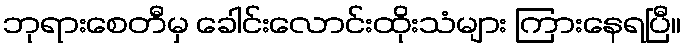
ဘုရားစေတီမှ ခေါင်းလောင်းထိုးသံများ ကြားနေရပြီ။